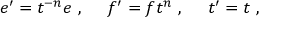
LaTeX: e ^ { \prime } = t ^ { - n } e ~ , ~ ~ ~ ~ f ^ { \prime } = f t ^ { n } ~ , ~ ~ ~ ~ t ^ { \prime } = t ~ ,